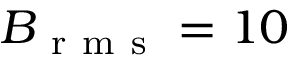
B _ { \mathrm { ~ r ~ m ~ s ~ } } = 1 0